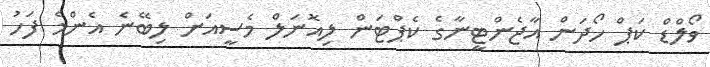
ވޯލްޑް ކަޕް ހޯދަން އާޖެންޓީނާގެ ކެޕްޓަން ލިއޮނަލް މެސީއަށް ލިބޭނެ އެންމެ ފަހު